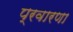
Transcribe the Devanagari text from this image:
प्रवारणा